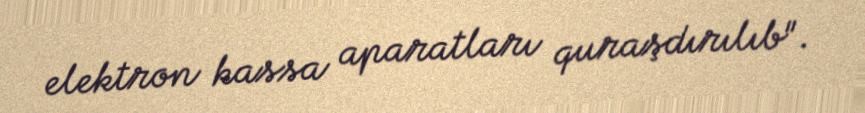
elektron kassa aparatları quraşdırılıb".